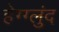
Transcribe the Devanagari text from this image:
हेग्ग्लुंद